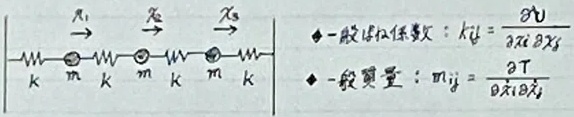
\begin{align*}
&\text{一般化係数：}k_{ij}=\frac{\partial^2 U}{\partial x_i\partial x_j}\\
&\text{一般質量：}m_{ij}=\frac{\partial^2 T}{\partial \dot{x}_i\partial \dot{x}_j}
\end{align*}